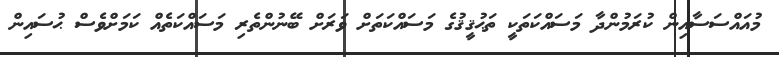
މުއައްސަސާއިން ކުރަމުންދާ މަސައްކަތަކީ ތަޙުޤީޤުގެ މަސައްކަތަށް ވަރަށް ބޭނުންތެރި މަސައްކަތެއް ކަމަށްވެސް ޙުސައިން